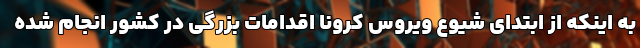
به اینکه از ابتدای شیوع ویروس کرونا اقدامات بزرگی در کشور انجام شده